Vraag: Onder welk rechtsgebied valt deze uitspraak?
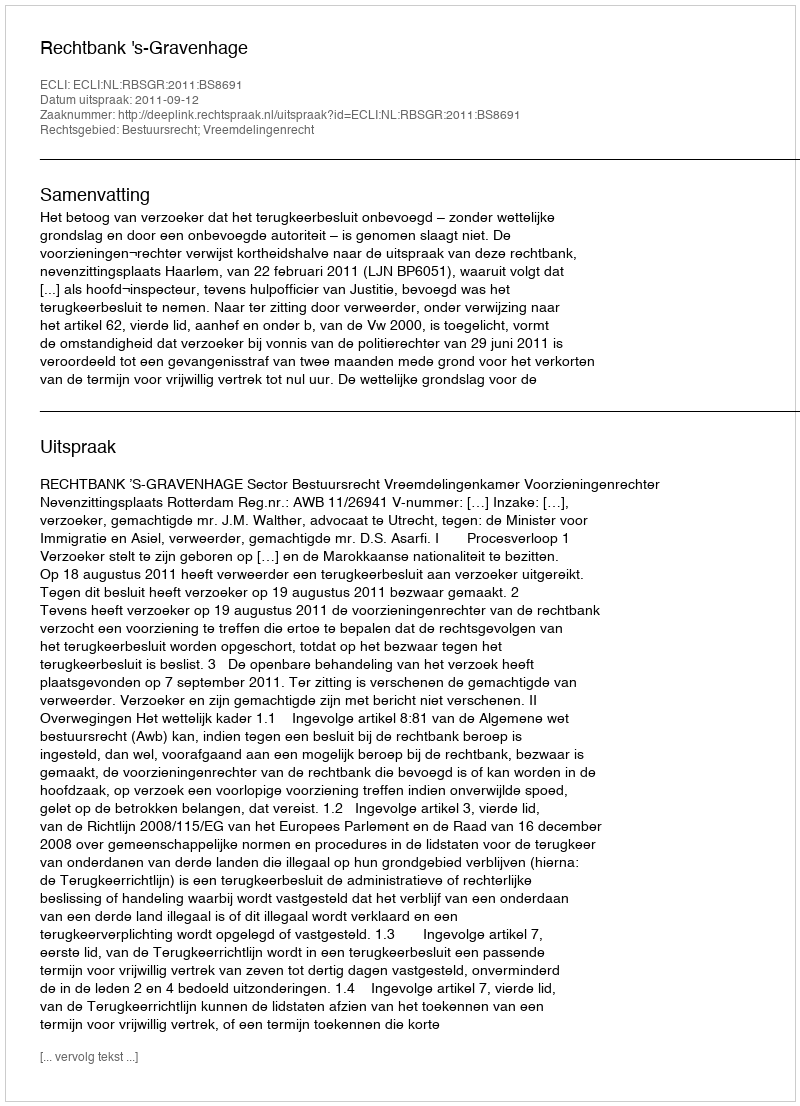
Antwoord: Bestuursrecht; Vreemdelingenrecht